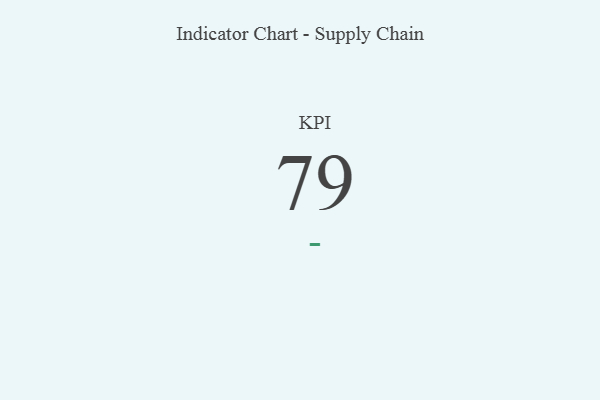
{"axis": {"x": "KPI", "y": "Value"}, "legend": [""], "data": [{"x": "KPI", "y": 79, "type": ""}]}